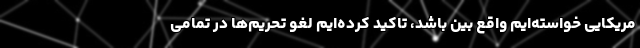
مریکایی خواسته‌ایم واقع بین باشد، تاکید کرده‌ایم لغو تحریم‌ها در تمامی